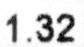
1.32